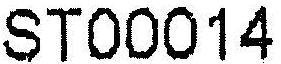
ST00014